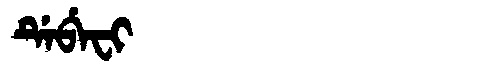
Manchu: ᡩᡝᠪᡝᠸᡳ
Romanization: DEBEFI